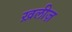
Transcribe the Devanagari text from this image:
ख़लीज़